Oriental or Dehli sore - Number 13
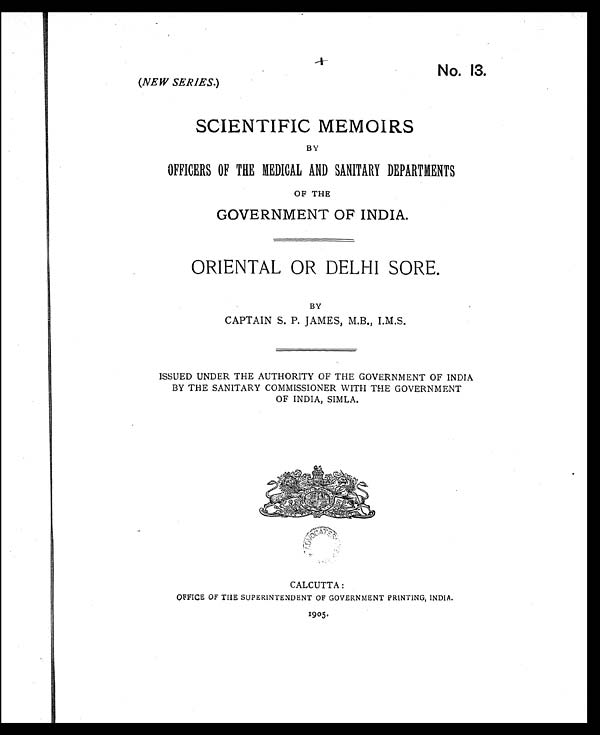
No. 13.
(NEW SERIES.)
SCIENTIFIC MEMOIRS
BY
OFFICERS OF THE MEDICAL AND SANITARY DEPARTMENTS
OF THE
GOVERNMENT OF INDIA.
ORIENTAL OR DELHI SORE.
BY
CAPTAIN S. P. JAMES, M.B., I.M.S.
ISSUED UNDER THE AUTHORITY OF THE GOVERNMENT OF INDIA
BY THE SANITARY COMMISSIONER WITH THE GOVERNMENT
OF INDIA, SIMLA.
CALCUTTA:
OFFICE OF THE SUPERINTENDENT OF GOVERNMENT PRINTING, INDIA.
1905.